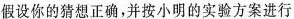
假设你的猜想正确，并按小明的实验方案进行